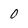
Character: 0